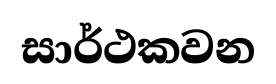
සාර්ථකවන